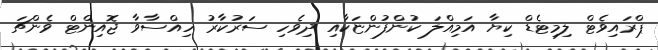
ޕްރައިވެޓް ލިމިޓެޑް ކިޔާ އަމިއްލަ ކުންފުންޏަކާއި ދިވެހި ސަރުކާރު ހިއްސާވާ ޖޮއިންޓް ވެންޗަ